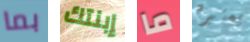
بما إبنتك ما يعتبره